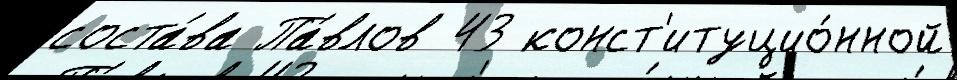
соста́ва Па́влов 43 конст'итуцио́нной